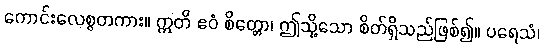
ကောင်းလေစွတကား။ ဣတိ ဧဝံ စိတ္တော၊ ဤသို့သော စိတ်ရှိသည်ဖြစ်၍။ ပရေသံ၊